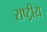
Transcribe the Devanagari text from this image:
राष्ट्रीय़